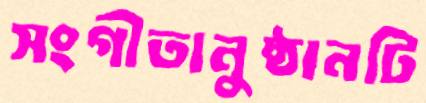
সংগীতানুষ্ঠানটি